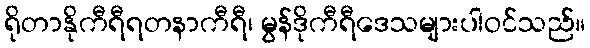
ရိုတာနိုကီရီရတနာကီရီ၊ မွန်ဒိုကီရီဒေသများပါဝင်သည်။